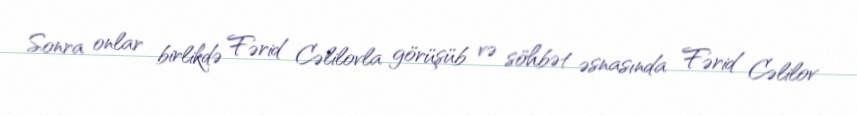
Sonra onlar birlikdə Fərid Cəlilovla görüşüb və söhbət əsnasında Fərid Cəlilov